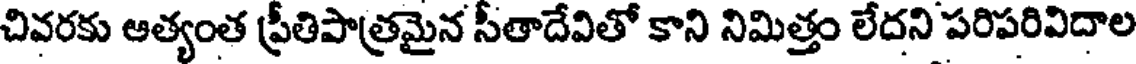
చివరకు ఆత్యంత ప్రీతిపాత్రమైన సీతాదేవితో కాని నిమిత్తం లేదని పరిపరివిదాల